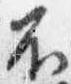
不